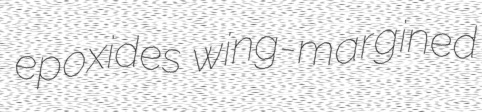
epoxides wing-margined